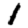
Digit: 1